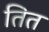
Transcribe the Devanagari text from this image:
तित